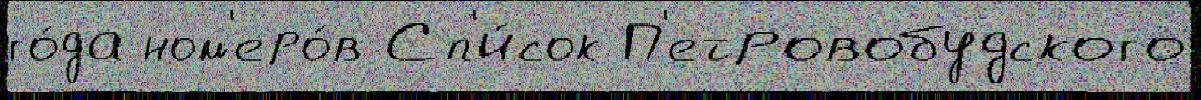
го́да ном'еро́в Сп'и́сок П'етровобудского